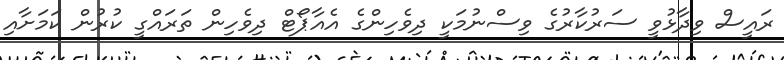
ރައީސް ވިދާޅުވީ ސަރުކާރުގެ ވިސްނުމަކީ ދިވެހިންގެ އެއާޕޯޓް ދިވެހިން ތަރައްގީ ކުރުން ކަމަށާއި